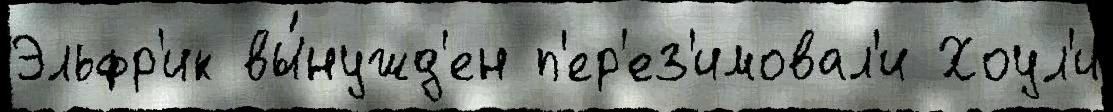
Эльфр'ик вы́нужд'ен п'ер'ез'имовал'и Хоул'и